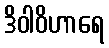
ဒိဝါဝိဟာရေ